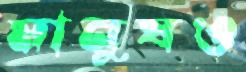
মানুষও